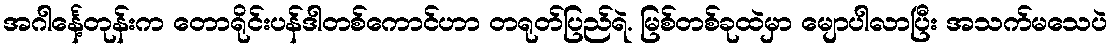
အဂါင်္နေ့တုန်းက တောရိုင်းပန်ဒါတစ်ကောင်ဟာ တရုတ်ပြည်ရဲ. မြစ်တစ်ခုထဲမှာ မျောပါလာပြီး အသက်မသေပဲ